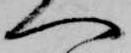
へ